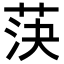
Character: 𦯊